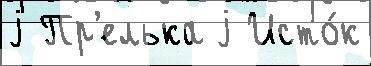
j Пр'елька j Исто́к